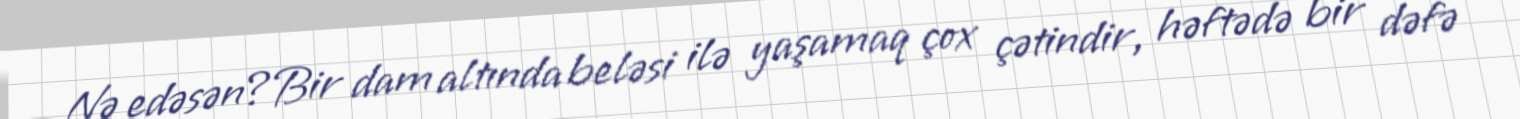
Nə edəsən?Bir dam altında beləsi ilə yaşamaq çox çətindir, həftədə bir dəfə